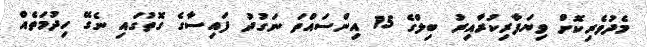
މެދުވެރިކޮށް ވިޔަފާރިކުރާއިރު ބިލްގެ 15 އިންސައްތަ ނަގުދު ފައިސާގެ ގޮތުގައި ނެގޭ ހިދުމަތެއް